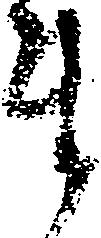
ま